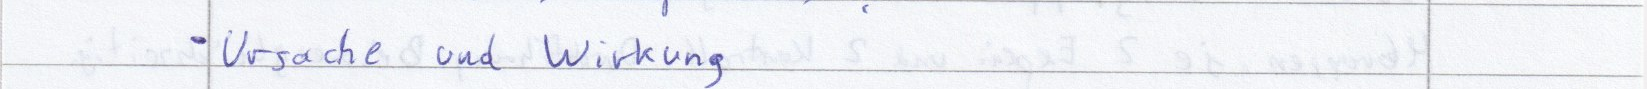
- Ursache und Wirkung